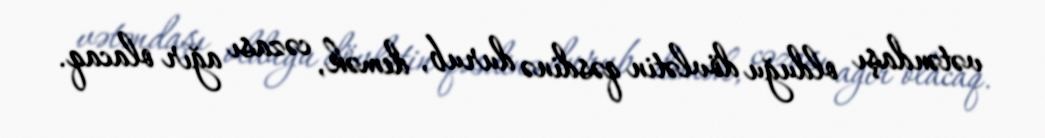
vətəndaşı olduğu dövlətin qəsdinə durub, demək, cəzası ağır olacaq.